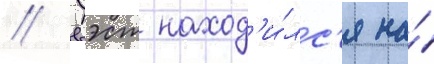
// Уэст наход'и́лс'я на́